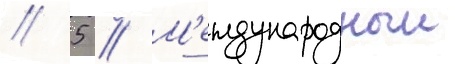
// 5 // М'еждународныи